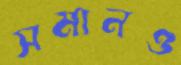
সমানও